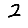
Digit: 2